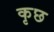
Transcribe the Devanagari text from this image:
कृछ